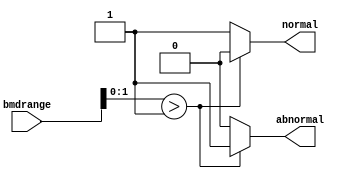
/*--  *******************************************************
--  Computer Architecture Course, Laboratory Sources 
--  Amirkabir University of Technology (Tehran Polytechnic)
--  Department of Computer Engineering (CE-AUT)
--  https://ce[dot]aut[dot]ac[dot]ir
--  *******************************************************
--  All Rights reserved (C) 2020-2021
--  *******************************************************
--  Student ID  : 
--  Student Name: 
--  Student Mail: 
--  *******************************************************
--  Additional Comments:
--
--*/

/*-----------------------------------------------------------
---  Module Name: bmd 
-----------------------------------------------------------*/
`timescale 1 ns/1 ns
module bmd(
bmdrange,
normal,
abnormal);
  input [2:0] bmdrange;
  output reg normal;
  output reg abnormal;
 
	always @ (bmdrange)
		if(bmdrange[1:0] > 2'b01)
			begin
				normal = 1'b0;
				abnormal = 1'b1;
			end
		else
			begin 
				normal = 1'b1;
				abnormal = 1'b0;
			end
endmodule